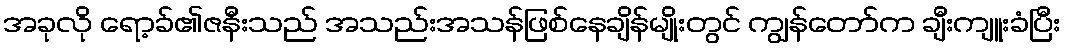
အခုလို ရော့ခ်၏ဇနီးသည် အသည်းအသန်ဖြစ်နေချိန်မျိုးတွင် ကျွန်တော်က ချီးကျူးခံပြီး